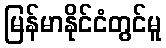
မြန်မာနိုင်ငံတွင်မူ